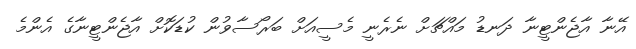
އޭނާ އާޖެންޓީނާ ދަނޑު މައްޗަށް ނެރެނީ މެސީއަށް ބަރޯސާވުން ކުޑަކޮށް އާޖެންޓީނާގެ އެންމެ